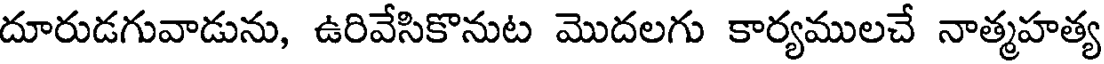
దూరుడగువాడును, ఉరివేసికొనుట మొదలగు కార్యములచే నాత్మహత్య